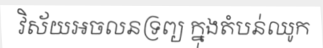
វិស័យអចលនទ្រព្យ ក្នុងតំបន់ឈូក